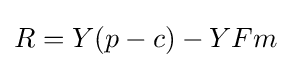
R=Y(p-c)-YFm